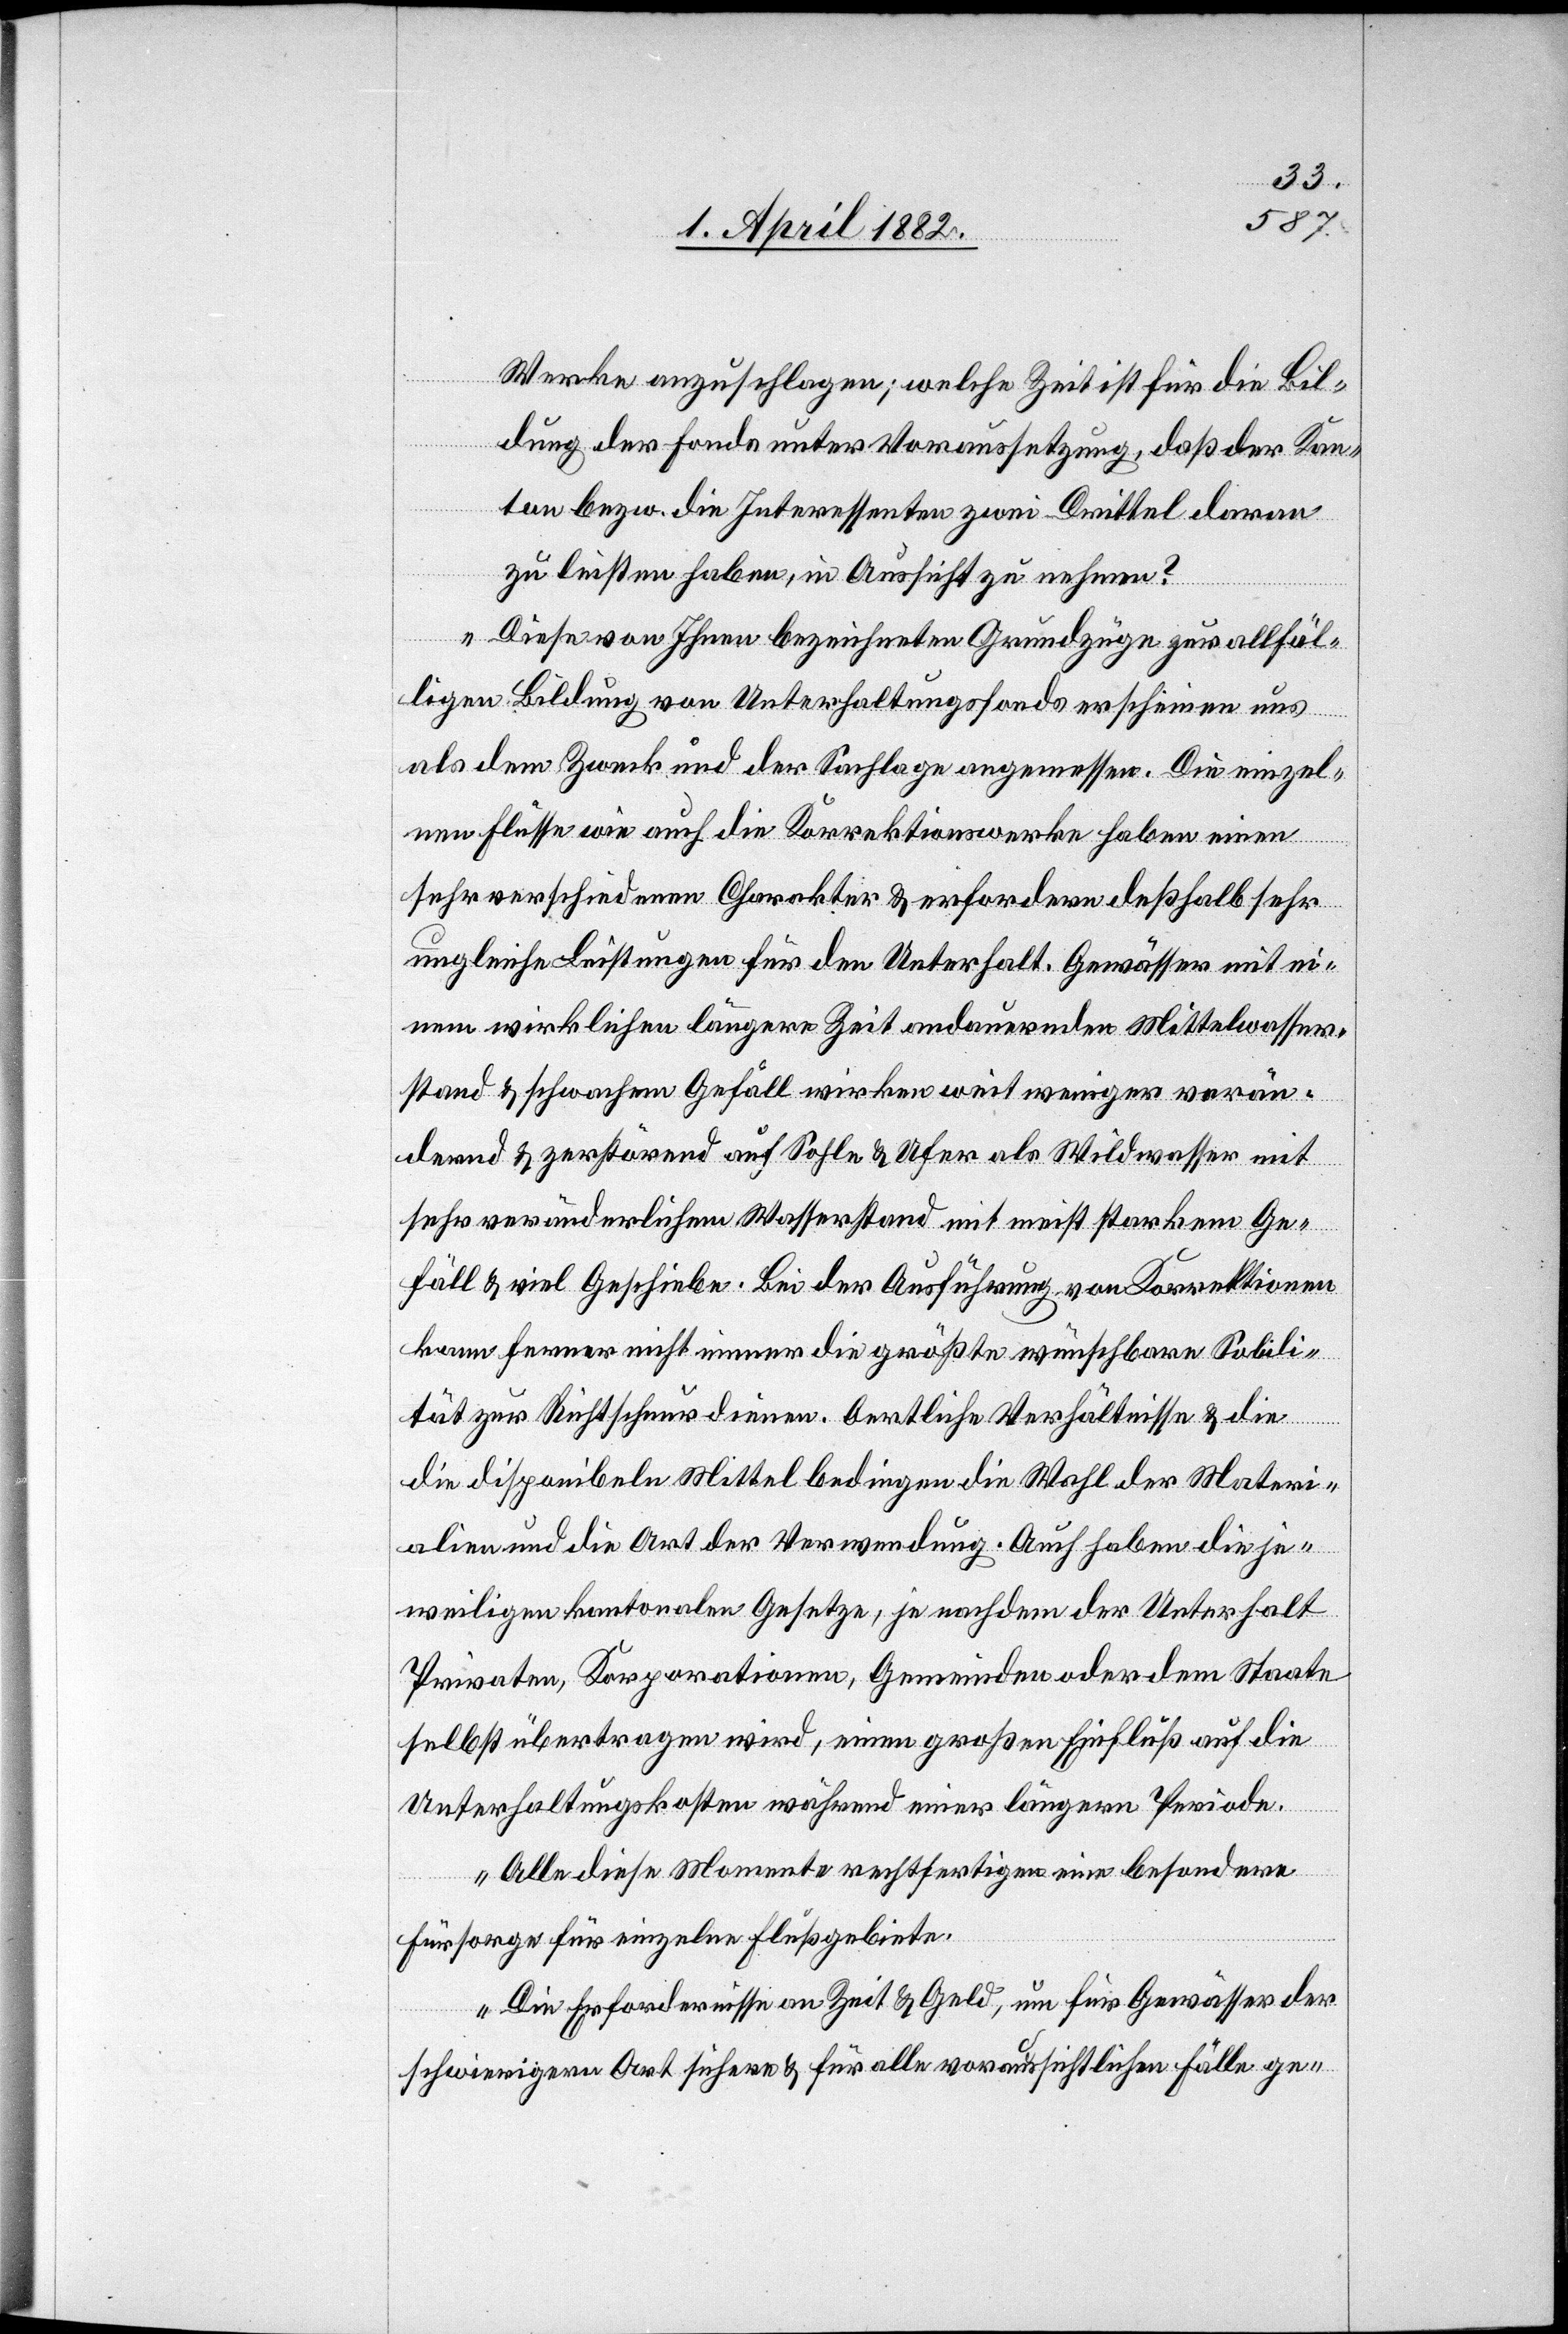
Werke anzuschlagen; welche Zeit ist für die Bil¬
dung der Fonds unter Voraussetzung, daß der Kan¬
ton bezw. die Interessenten zwei Drittel daran
zu leisten haben, in Aussicht zu nehmen?
Diese von Ihnen bezeichneten Grundzüge zur allfäl¬
ligen Bildung von Unterhaltungsfonds erscheinen uns
die
als dem Zweck und der Sachlage angemessen. Die einzel¬
nen Flüsse wie auch die Korrektionswerke haben einen
sehr verschiedenen Charakter & erfordern deßhalb sehr
ungleiche Leistungen für den Unterhalt. Gewässer mit ei¬
nem wirklichen längere Zeit andauernden Mittelwasser¬
stand & schwachem Gefäll wirken weit weniger verän¬
dernd & zerstörend auf Sohle / Ufer als Wildwasser mit
sehr veränderlichem Wasserstand mit meist starkem Ge¬
fäll & viel Geschiebe. Bei der Ausführung von Korrektionen
kann ferner nicht immer die größte wünschbare Solidi¬
tät zur Richtschnur dienen. Oertliche Verhältnisse & die
disponibeln Mittel bedingen die Wahl der Materi¬
alien und die Art der Verwendung. Auch haben die je¬
weiligen kantonalen Gesetze, je nachdem der Unterhalt
Privaten, Korporationen, Gemeinden oder dem Staate
selbst übertragen wird, einen großen Einfluß auf die
Unterhaltungskosten während einer längern Periode.
Alle diese Momente rechtfertigen eine besondere
Fürsorge für einzelne Flußgebiete.
Die Erfordernisse an Zeit & Geld, um für Gewässer der
schwierigern Art sichere & für alle voraussichtlichen Fälle ge-